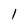
Character: 1